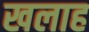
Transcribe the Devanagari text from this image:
खलाह